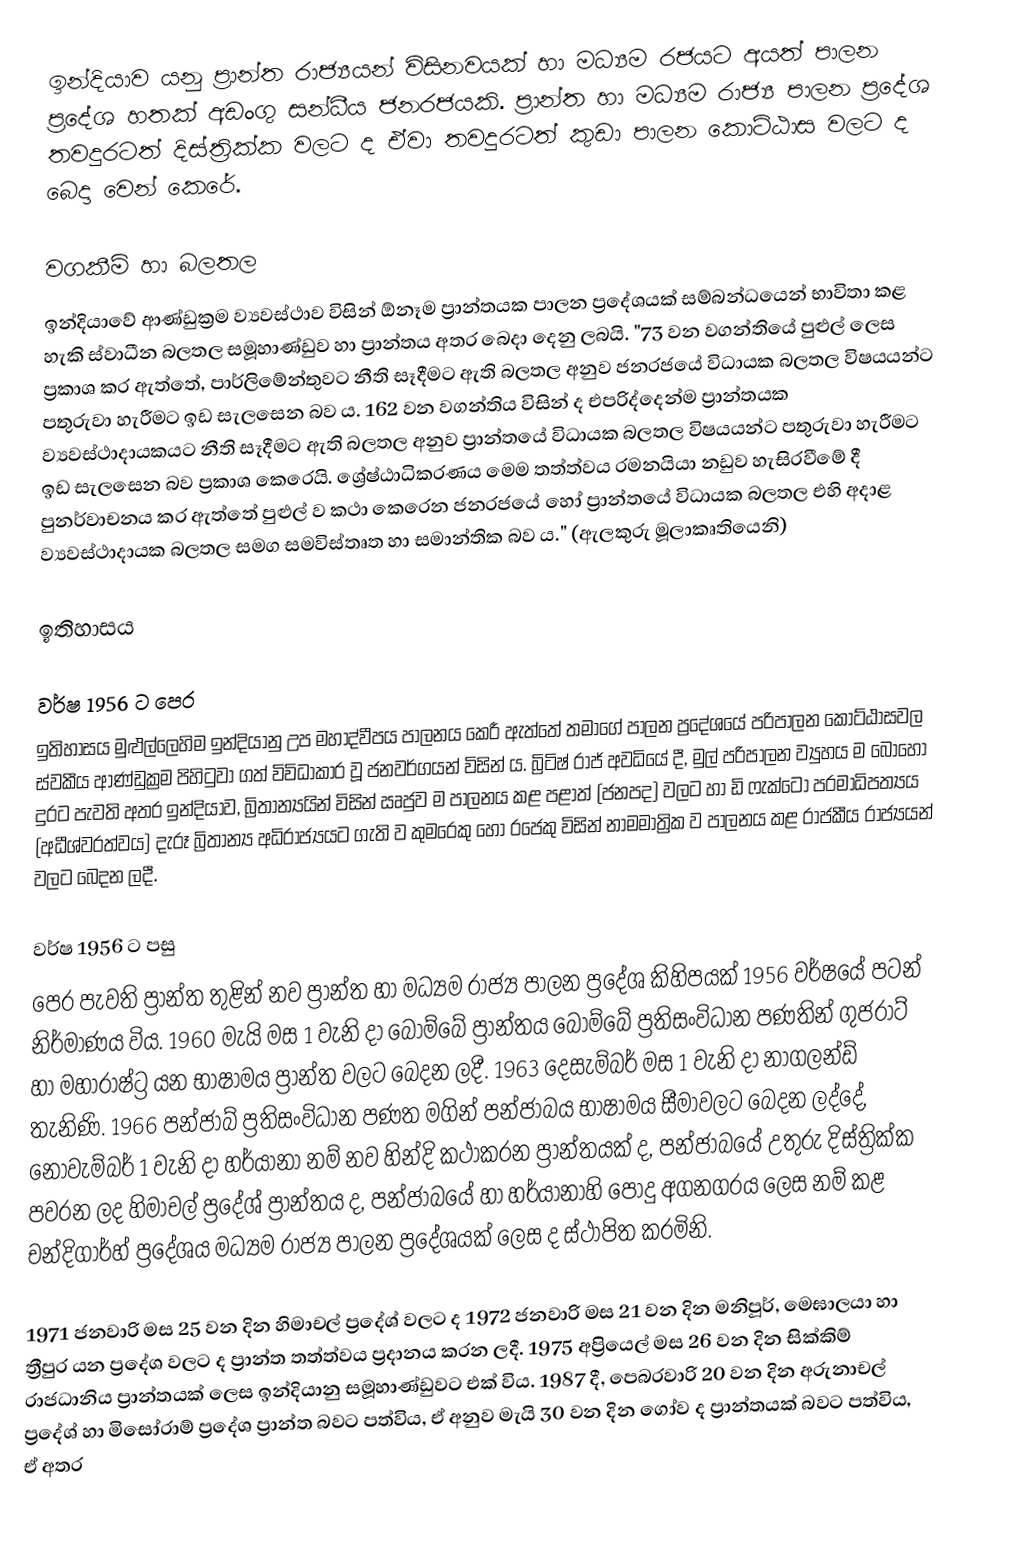
ඉන්දියාව යනු ප්‍රාන්ත රාජ්‍යයන් විසිනවයක් හා මධ්‍යම රජයට අයත් පාලන ප්‍රදේශ හතක් අඩංගු සන්ධීය ජනරජයකි. ප්‍රාන්ත හා මධ්‍යම රාජ්‍ය පාලන ප්‍රදේශ තවදුරටත් දිස්ත්‍රික්ක වලට ද ඒවා තවදුරටත් කුඩා පාලන කොට්ඨාස වලට ද බෙදා වෙන් කෙරේ.

වගකීම් හා බලතල
ඉන්දියාවේ ආණ්ඩුක්‍රම ව්‍යවස්ථාව විසින් ඕනෑම ප්‍රාන්තයක පාලන ප්‍රදේශයක් සම්බන්ධයෙන් භාවිතා කළ හැකි ස්වාධීන බලතල සමූහාණ්ඩුව හා ප්‍රාන්තය අතර බෙදා දෙනු ලබයි. "73 වන වගන්තියේ පුළුල් ලෙස ප්‍රකාශ කර ඇත්තේ, පාර්ලිමේන්තුවට නීති සෑදීමට ඇති බලතල අනුව ජනරජයේ විධායක බලතල විෂයයන්ට පතුරුවා හැරීමට ඉඩ සැලසෙන බව ය. 162 වන වගන්තිය විසින් ද එපරිද්දෙන්ම ප්‍රාන්තයක ව්‍යවස්ථාදායකයට නීති සෑදීමට ඇති බලතල අනුව ප්‍රාන්තයේ විධායක බලතල විෂයයන්ට පතුරුවා හැරීමට ඉඩ සැලසෙන බව ප්‍රකාශ කෙරෙයි. ශ්‍රේෂ්ඨාධිකරණය මෙම තත්ත්වය රමනයියා නඩුව හැසිරවීමේ දී පුනර්වාචනය කර ඇත්තේ පුළුල් ව කථා කෙරෙන ජනරජයේ හෝ ප්‍රාන්තයේ විධායක බලතල එහි අදාළ ව්‍යවස්ථාදායක බලතල සමග සමවිස්තෘත හා සමාන්තික බව ය." (ඇලකුරු මූලාකෘතියෙනි)

ඉතිහාසය

වර්ෂ 1956 ට පෙර
ඉතිහාසය මුළුල්ලෙහිම ඉන්දියානු උප මහාද්වීපය පාලනය කෙරී ඇත්තේ තමාගේ පාලන ප්‍රදේශයේ පරිපාලන කොට්ඨාසවල ස්වකීය ආණ්ඩුක්‍රම පිහිටුවා ගත් විවිධාකාර වූ ජනවර්ගයන් විසින් ය. බ්‍රිටිෂ් රාජ් අවධියේ දී, මුල් පරිපාලන ව්‍යුහය ම බොහෝ දුරට පැවති අතර ඉන්දියාව, බ්‍රිතාන්‍යයින් විසින් ඍජුව ම පාලනය කළ පළාත් (ජනපද) වලට හා ඩි ෆැක්ටො පරමාධිපත්‍යය (අධීශ්වරත්වය) දැරූ බ්‍රිතාන්‍ය අධිරාජ්‍යයට ගැති ව කුමරෙකු හෝ රජෙකු විසින් නාමමාත්‍රික ව පාලනය කළ රාජකීය රාජ්‍යයන් වලට බෙදන ලදී.

වර්ෂ 1956 ට පසු
පෙර පැවති ප්‍රාන්ත තුළින් නව ප්‍රාන්ත හා මධ්‍යම රාජ්‍ය පාලන ප්‍රදේශ කිහිපයක් 1956 වර්ෂයේ පටන් නිර්මාණය විය. 1960 මැයි මස 1 වැනි දා බොම්බේ ප්‍රාන්තය බොම්බේ ප්‍රතිසංවිධාන පණතින් ගුජරාට් හා මහාරාෂ්ට්‍ර යන භාෂාමය ප්‍රාන්ත වලට බෙදන ලදී. 1963 දෙසැම්බර් මස 1 වැනි දා නාගලන්ඩ් තැනිණි. 1966 පන්ජාබ් ප්‍රතිසංවිධාන පණත මගින් පන්ජාබය භාෂාමය සීමාවලට බෙදන ලද්දේ, නොවැම්බර් 1 වැනි දා හර්යානා නම් නව හින්දි කථාකරන ප්‍රාන්තයක් ද, පන්ජාබයේ උතුරු දිස්ත්‍රික්ක පවරන ලද හිමාචල් ප්‍රදේශ් ප්‍රාන්තය ද, පන්ජාබයේ හා හර්යානාහි පොදු අගනගරය ලෙස නම් කළ චන්දිගාර්හ් ප්‍රදේශය මධ්‍යම රාජ්‍ය පාලන ප්‍රදේශයක් ලෙස ද ස්ථාපිත කරමිනි.

1971 ජනවාරි මස 25 වන දින හිමාචල් ප්‍රදේශ් වලට ද  1972 ජනවාරි මස 21 වන දින මනිපූර්, මෙඝාලයා හා ත්‍රීපුර යන ප්‍රදේශ වලට ද  ප්‍රාන්ත තත්ත්වය ප්‍රදානය කරන ලදී. 1975 අප්‍රියෙල් මස 26 වන දින සික්කිම් රාජධානිය ප්‍රාන්තයක් ලෙස ඉන්දියානු සමූහාණ්ඩුවට එක් විය. 1987 දී, පෙබරවාරි 20 වන දින අරුනාචල් ප්‍රදේශ් හා මිසෝරාම් ප්‍රදේශ ප්‍රාන්ත බවට පත්විය, ඒ අනුව මැයි 30 වන දින ගෝව ද ප්‍රාන්තයක් බවට පත්විය, ඒ අතර